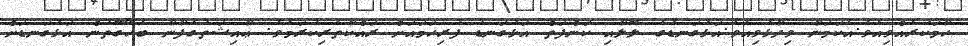
ހާމަކުރެއްވިއެވެ.އެކަމަނާ ވިދާޅުވިއެވެ.އަޅުގަނޑުގެ ލޮލާއި ކަންފަތް އަޅުގަނޑު ފުރިހަމައަށް ރައްކާތެރިކުރަމެވެ. ޢާއިޝަތުގެފާނާ ބެހޭގޮތުން އަޅުގަނޑަށް